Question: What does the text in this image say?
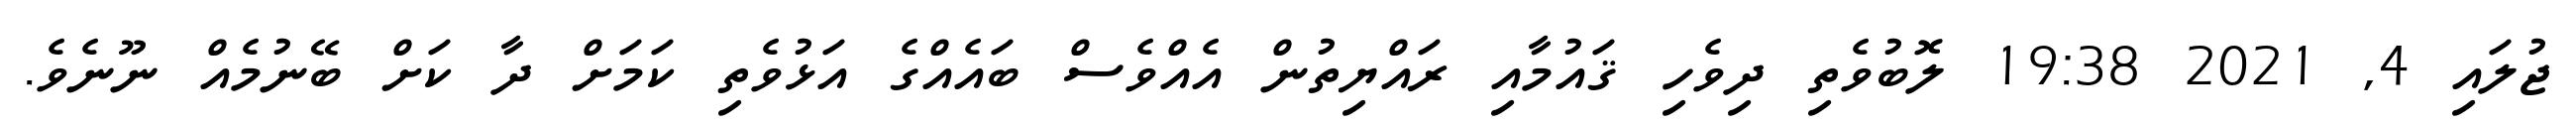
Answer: ޖުލައި 4, 2021 19:38 ލޮބުވެތި ދިވެހި ޤައުމާއި ރައްޔިތުން އެއްވެސް ބައެއްގެ އަޅުވެތި ކަމަށް ދާ ކަށް ބޭނުމެއް ނޫނެވެ.